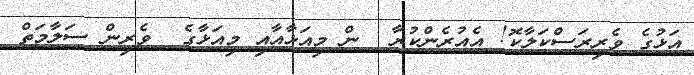
އަޅުގެ ވެރިރަސްކަލާކޮ! އެއުރެންކުރާ  ން މިއަޅާއާއި މިއަޅާގެ  ވެރިން ސަލާމަތް